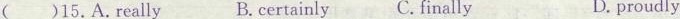
( )15,A.Really B. Certainly C. Finally D. proudly